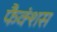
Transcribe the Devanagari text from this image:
फैक्शंस